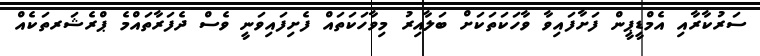
ސަރުކާރާއި އެމްޑީޕީން ފަށާފައިވާ ވާހަކަތަކަށް ބަލާއިރު މިވާހަކަތައް ފެށިފައިވަނީ ވެސް ދެފަރާތައްމެ ޕްރެޝަރތަކެއް